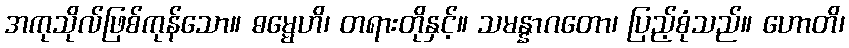
အကုသိုလ်ဖြစ်ကုန်သော။ ဓမ္မေဟိ၊ တရားတိုနှင့်။ သမန္နာဂတော၊ ပြည့်စုံသည်။ ဟောတိ၊